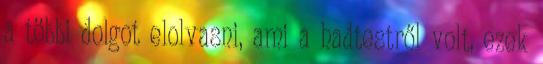
a többi dolgot elolvasni, ami a hadtestről volt, ezek